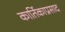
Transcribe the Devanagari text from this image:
कार्तिकाप्रसाद